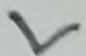
Text: L